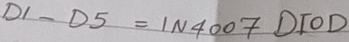
Text: D1-D5=IN4007DIOD